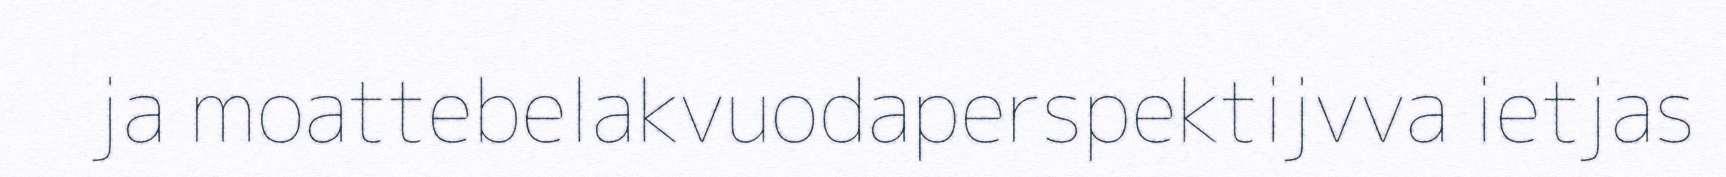
ja moattebelakvuodaperspektijvva ietjas